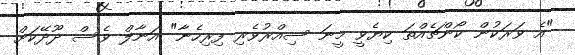
"އެ ވަރަކުން ކޯންޗެއްތަ ކިޔެވީ މީނަ ސިއްރުވެރި ފިރިހެނާ" އަނާލް ވެސް ދޫދޭކަށް